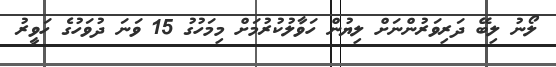
ލޯނު ލިބޭ ދަރިވަރުންނަށް ލިޔުން ހަވާލުކުރުމަށް މިމަހުގު 15 ވަނަ ދުވަހުގެ ހަވީރު